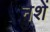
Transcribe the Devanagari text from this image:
नशें